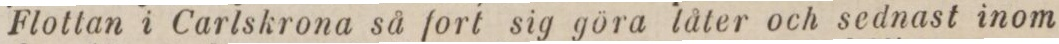
Flottan i Carlskrona så fort sig göra låter och sednast inom